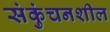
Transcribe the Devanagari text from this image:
संकुंचनशील